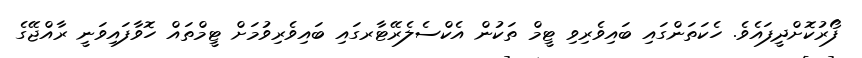
ފޯރުކޮށްދީފައެވެ. ހެކަތަންގައި ބައިވެރިވި ޓީމް ތަކުން އެކްސެލެރޭޓާރގައި ބައިވެރިވުމަށް ޓީމްތައް ހޮވާފައިވަނީ ރާއްޖޭގެ